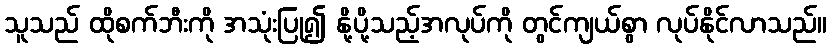
သူသည် ထိုစက်ဘီးကို အသုံးပြု၍ နို့ပို့သည့်အလုပ်ကို တွင်ကျယ်စွာ လုပ်နိုင်လာသည်။